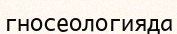
гносеологияда